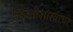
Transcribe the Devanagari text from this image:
पद्ध्तीशास्त्राचा